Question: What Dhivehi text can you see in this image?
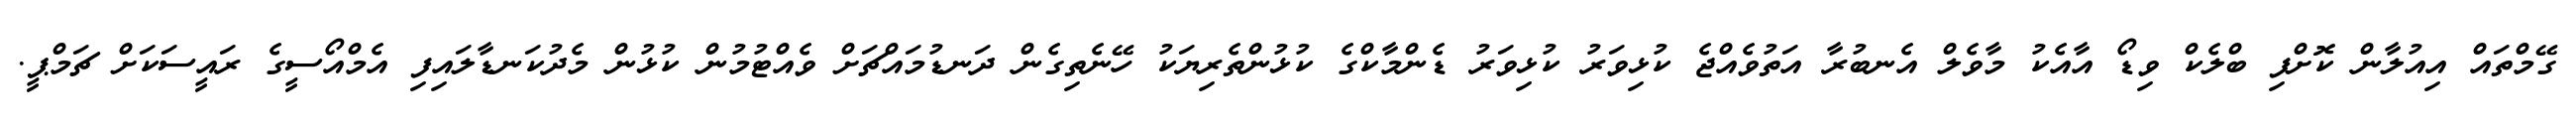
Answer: ގޭމްތައް އިއުލާން ކޮށްފި ބްލެކް ވިޑޯ އާއެކު މާވެލް އެނބުރާ އަތުވެއްޖެ ކުޅިވަރު ކުޅިވަރު ޑެންމާކްގެ ކުޅުންތެރިޔަކު ހޭނެތިގެން ދަނޑުމައްޗަށް ވެއްޓުމުން ކުޅުން މެދުކަނޑާލައިފި އެމްއޯސީގެ ރައީސަކަށް ޗަމްޕީ.